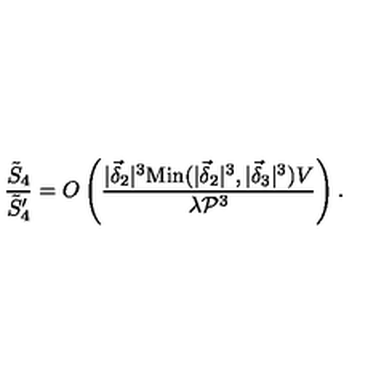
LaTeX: \frac { \tilde { S } _ { 4 } } { \tilde { S } _ { 4 } ^ { \prime } } = O \left( \frac { | \vec { \delta } _ { 2 } | ^ { 3 } \mathrm { M i n } ( | \vec { \delta } _ { 2 } | ^ { 3 } , | \vec { \delta } _ { 3 } | ^ { 3 } ) V } { \lambda { \cal P } ^ { 3 } } \right) .